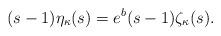
LaTeX: \begin{align*}(s-1)\eta_{\kappa}(s)=e^{b}(s-1)\zeta_{\kappa}(s).\end{align*}